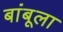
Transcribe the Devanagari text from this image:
बांबूला